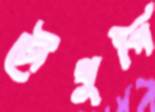
চৌখুপি